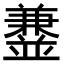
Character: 𫡁